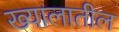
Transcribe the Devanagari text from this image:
ख्यालातील